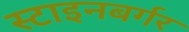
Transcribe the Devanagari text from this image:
स्टाइनबर्गर